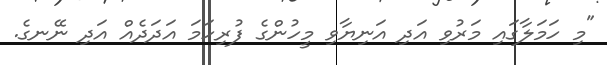
"މި ހަމަލާގައި މަރުވި އަދި އަނިޔާވި މީހުންގެ ފުރިހަމަ އަދަދެއް އަދި ނޭނގެ.